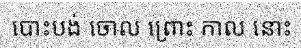
បោះបង់ ចោល ព្រោះ កាល នោះ